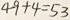
4 9 + 4 = 5 3